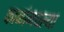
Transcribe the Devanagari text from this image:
काळांमधल्या